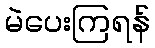
မဲပေးကြရန်